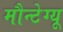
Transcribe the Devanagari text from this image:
मौन्टेग्यू